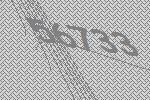
56733